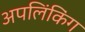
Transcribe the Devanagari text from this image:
अपलिंकिंग